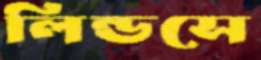
লিন্ডসে